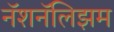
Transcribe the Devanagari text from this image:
नॅशनॅलिझम